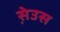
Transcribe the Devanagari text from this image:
स़ेउस